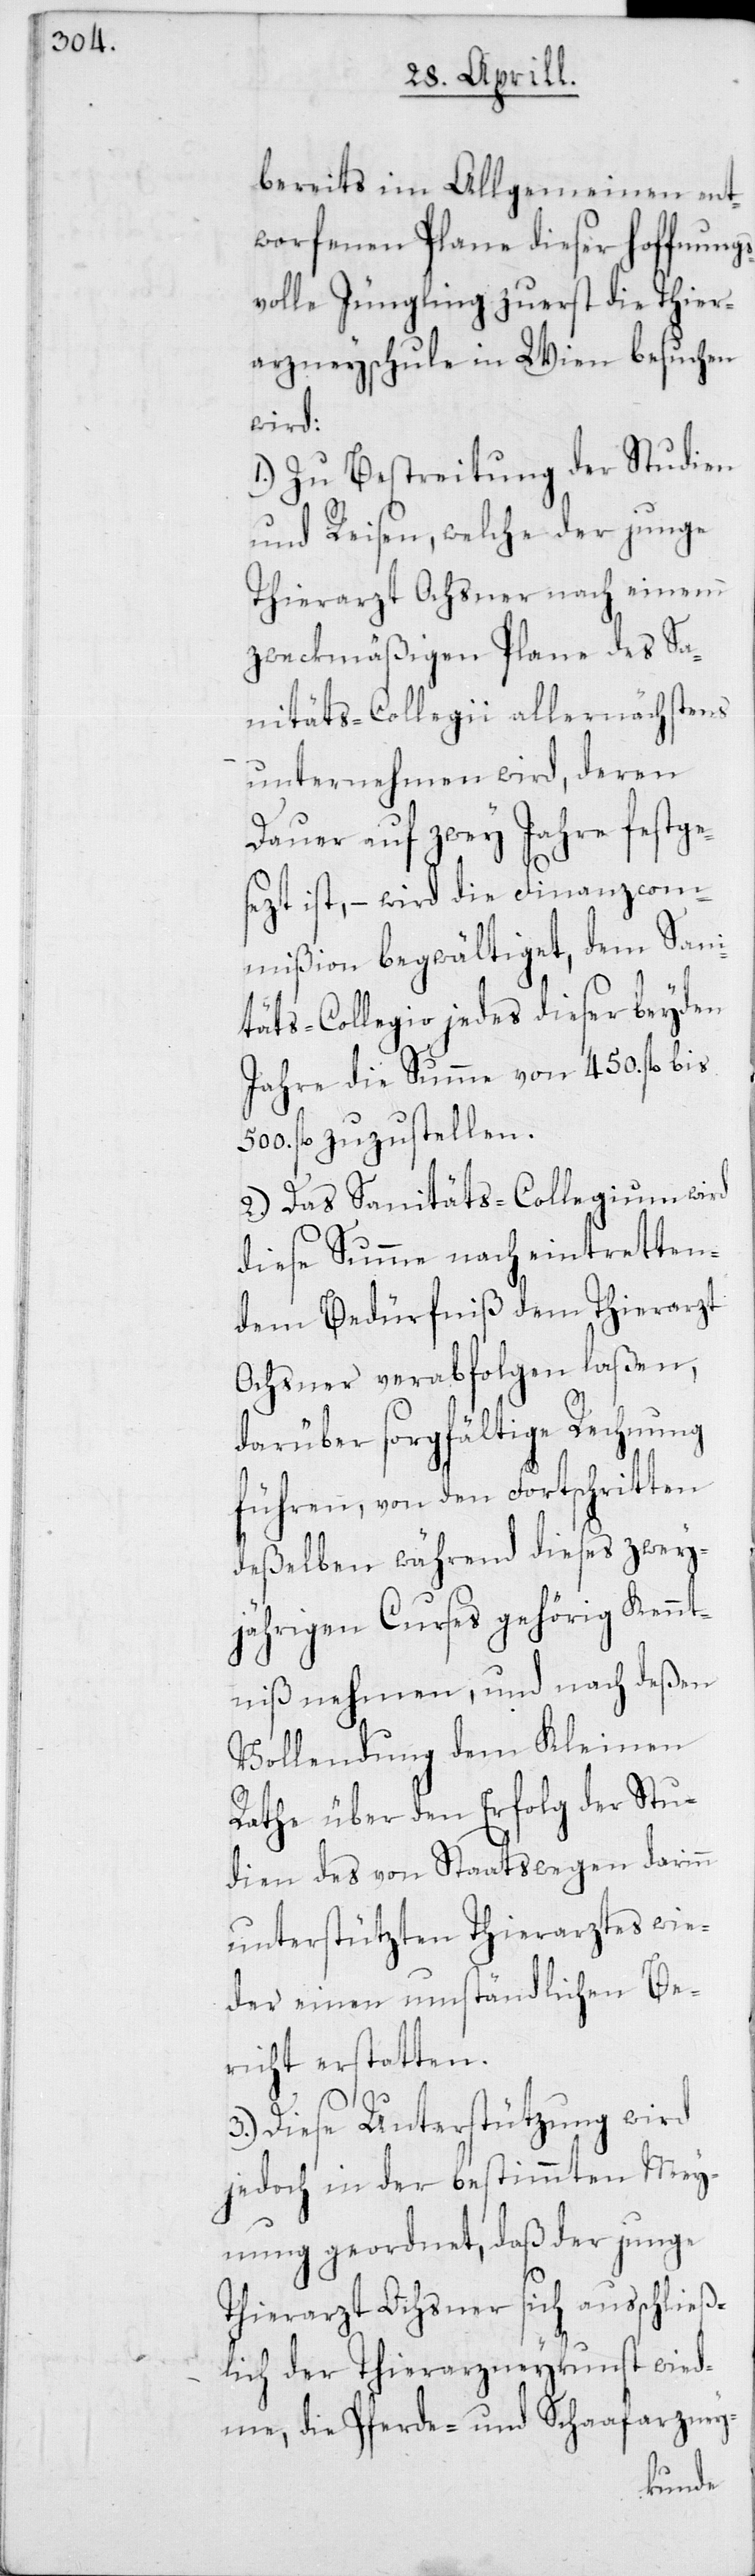
bereits im Allgemeinen ent¬
worfenen Plane dieser hoffnung¬
svolle Jüngling zuerst die Thier¬
arzneyschule in Wien besuchen
wird:
1. Zu Bestreitung der Studien
und Reisen, welche der junge
Thierarzt Ochsner nach einem
zweckmäßigen Plane des Sa¬
nitäts-Collegii allernächstens
unternehmen wird, deren
Dauer auf zwey Jahre festge¬
sezt ist, – wird die Finanzcom¬
mißion begwältiget, dem Sani¬
täts-Collegio jedes dieser beyden
Jahre die Summe von 450. fl. bis
500. fl. zuzustellen.
2. Das Sanitäts-Collegium wird
diese Summe nach eintretten¬
dem Bedürfniß dem Thierarzt
Ochsner verabfolgen laßen,
darüber sorgfältige Rechnung
führen, von den Fortschritten
deßelben während dieses zwey¬
jährigen Curses gehörig Kennt¬
niß nehmen, und nach deßen
Vollendung dem Kleinen
Rathe über den Erfolg der Stu¬
dien des von Staatswegen darinn
unterstützten Thierarztes wie¬
der einen umständlichen Be¬
richt erstatten.
3. Diese Unterstützung wird
jedoch in der bestimmten Mey¬
nung geordnet, daß der junge
Thierarzt Ochsner sich ausschließ¬
lich der Thierarzneykunst wied¬
me, die Pferde- und Schaafarzney-